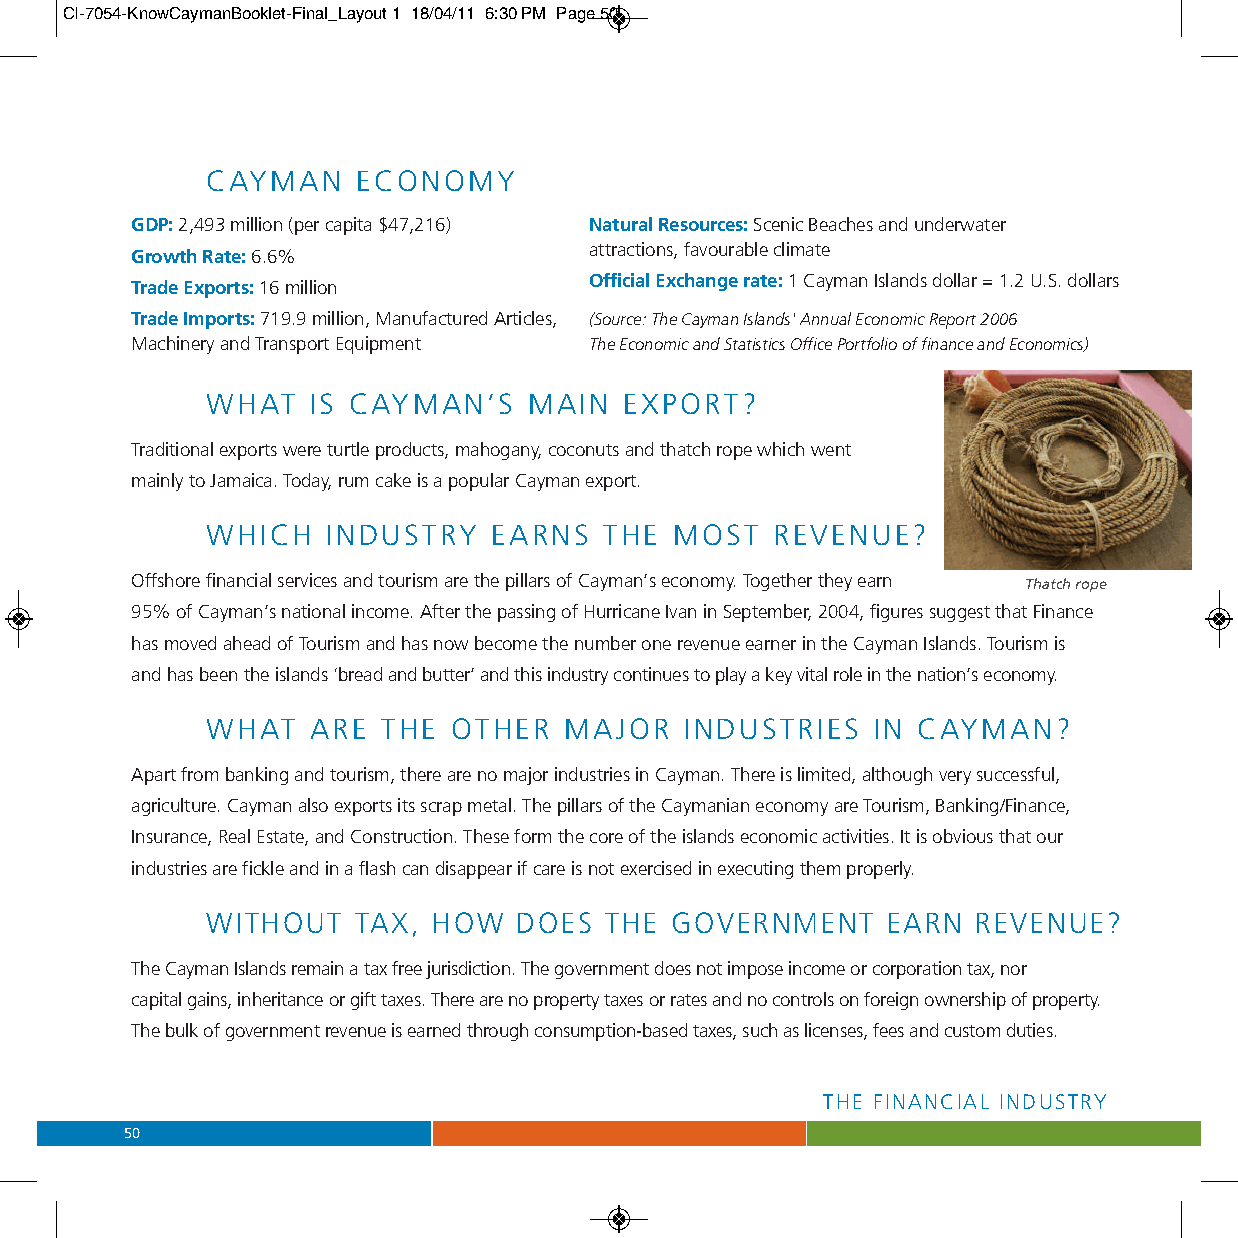
CI-7054-KnowCaymanBooklet-Final_Layout 1 18/04/11 6:30 PM Page 50
 CAYMAN    ECONOMY
 GDP:2,493 million (per capita $47,216) Natural Resources: Scenic Beaches and underwater
 attractions, favourable climate
 Growth Rate: 6.6%
 Official Exchange rate: 1 Cayman Islands dollar = 1.2 U.S. dollars
 Trade Exports: 16 million
 Trade Imports: 719.9 million, Manufactured Articles, (Source: The Cayman Islands' Annual Economic Report 2006
 Machinery and Transport Equipment The Economic and Statistics Office Portfolio of financeand Economics)
 WHAT  IS CAYMAN’S    MAIN  EXPORT?
 Traditional exports were turtle products, mahogany, coconuts and thatch rope which went
 mainly to Jamaica. Today, rum cake is a popular Cayman export.
 WHICH   INDUSTRY   EARNS  THE  MOST  REVENUE?
 Offshore financial services and tourism are the pillars of Cayman’s economy. Together they earn Thatch rope
 95% of Cayman’s national income. After the passing of Hurricane Ivan in September, 2004, figures suggest that Finance
 has moved ahead of Tourism and has now become the number one revenue earner in the Cayman Islands. Tourism is
 and has been the islands ‘bread and butter’ and this industry continues to play a key vital role in the nation’s economy.
 WHAT  ARE  THE  OTHER  MAJOR   INDUSTRIES   IN CAYMAN?
 Apart from banking and tourism, there are no major industries in Cayman. There is limited, although very successful,
 agriculture. Cayman also exports its scrap metal. The pillars of the Caymanian economy are Tourism, Banking/Finance,
 Insurance, Real Estate, and Construction. These form the core of the islands economic activities. It is obvious that our
 industries are fickle and in a flash can disappear if care is not exercised in executing them properly.
 WITHOUT  TAX,  HOW  DOES  THE GOVERNMENT     EARN  REVENUE?
 The Cayman Islands remain a tax free jurisdiction. The government does not impose income or corporation tax, nor
 capital gains, inheritance or gift taxes. There are no property taxes or rates and no controls on foreign ownership of property.
 The bulk of government revenue is earned through consumption-based taxes, such as licenses, fees and custom duties.
 THE FINANCIAL INDUSTRY
 50